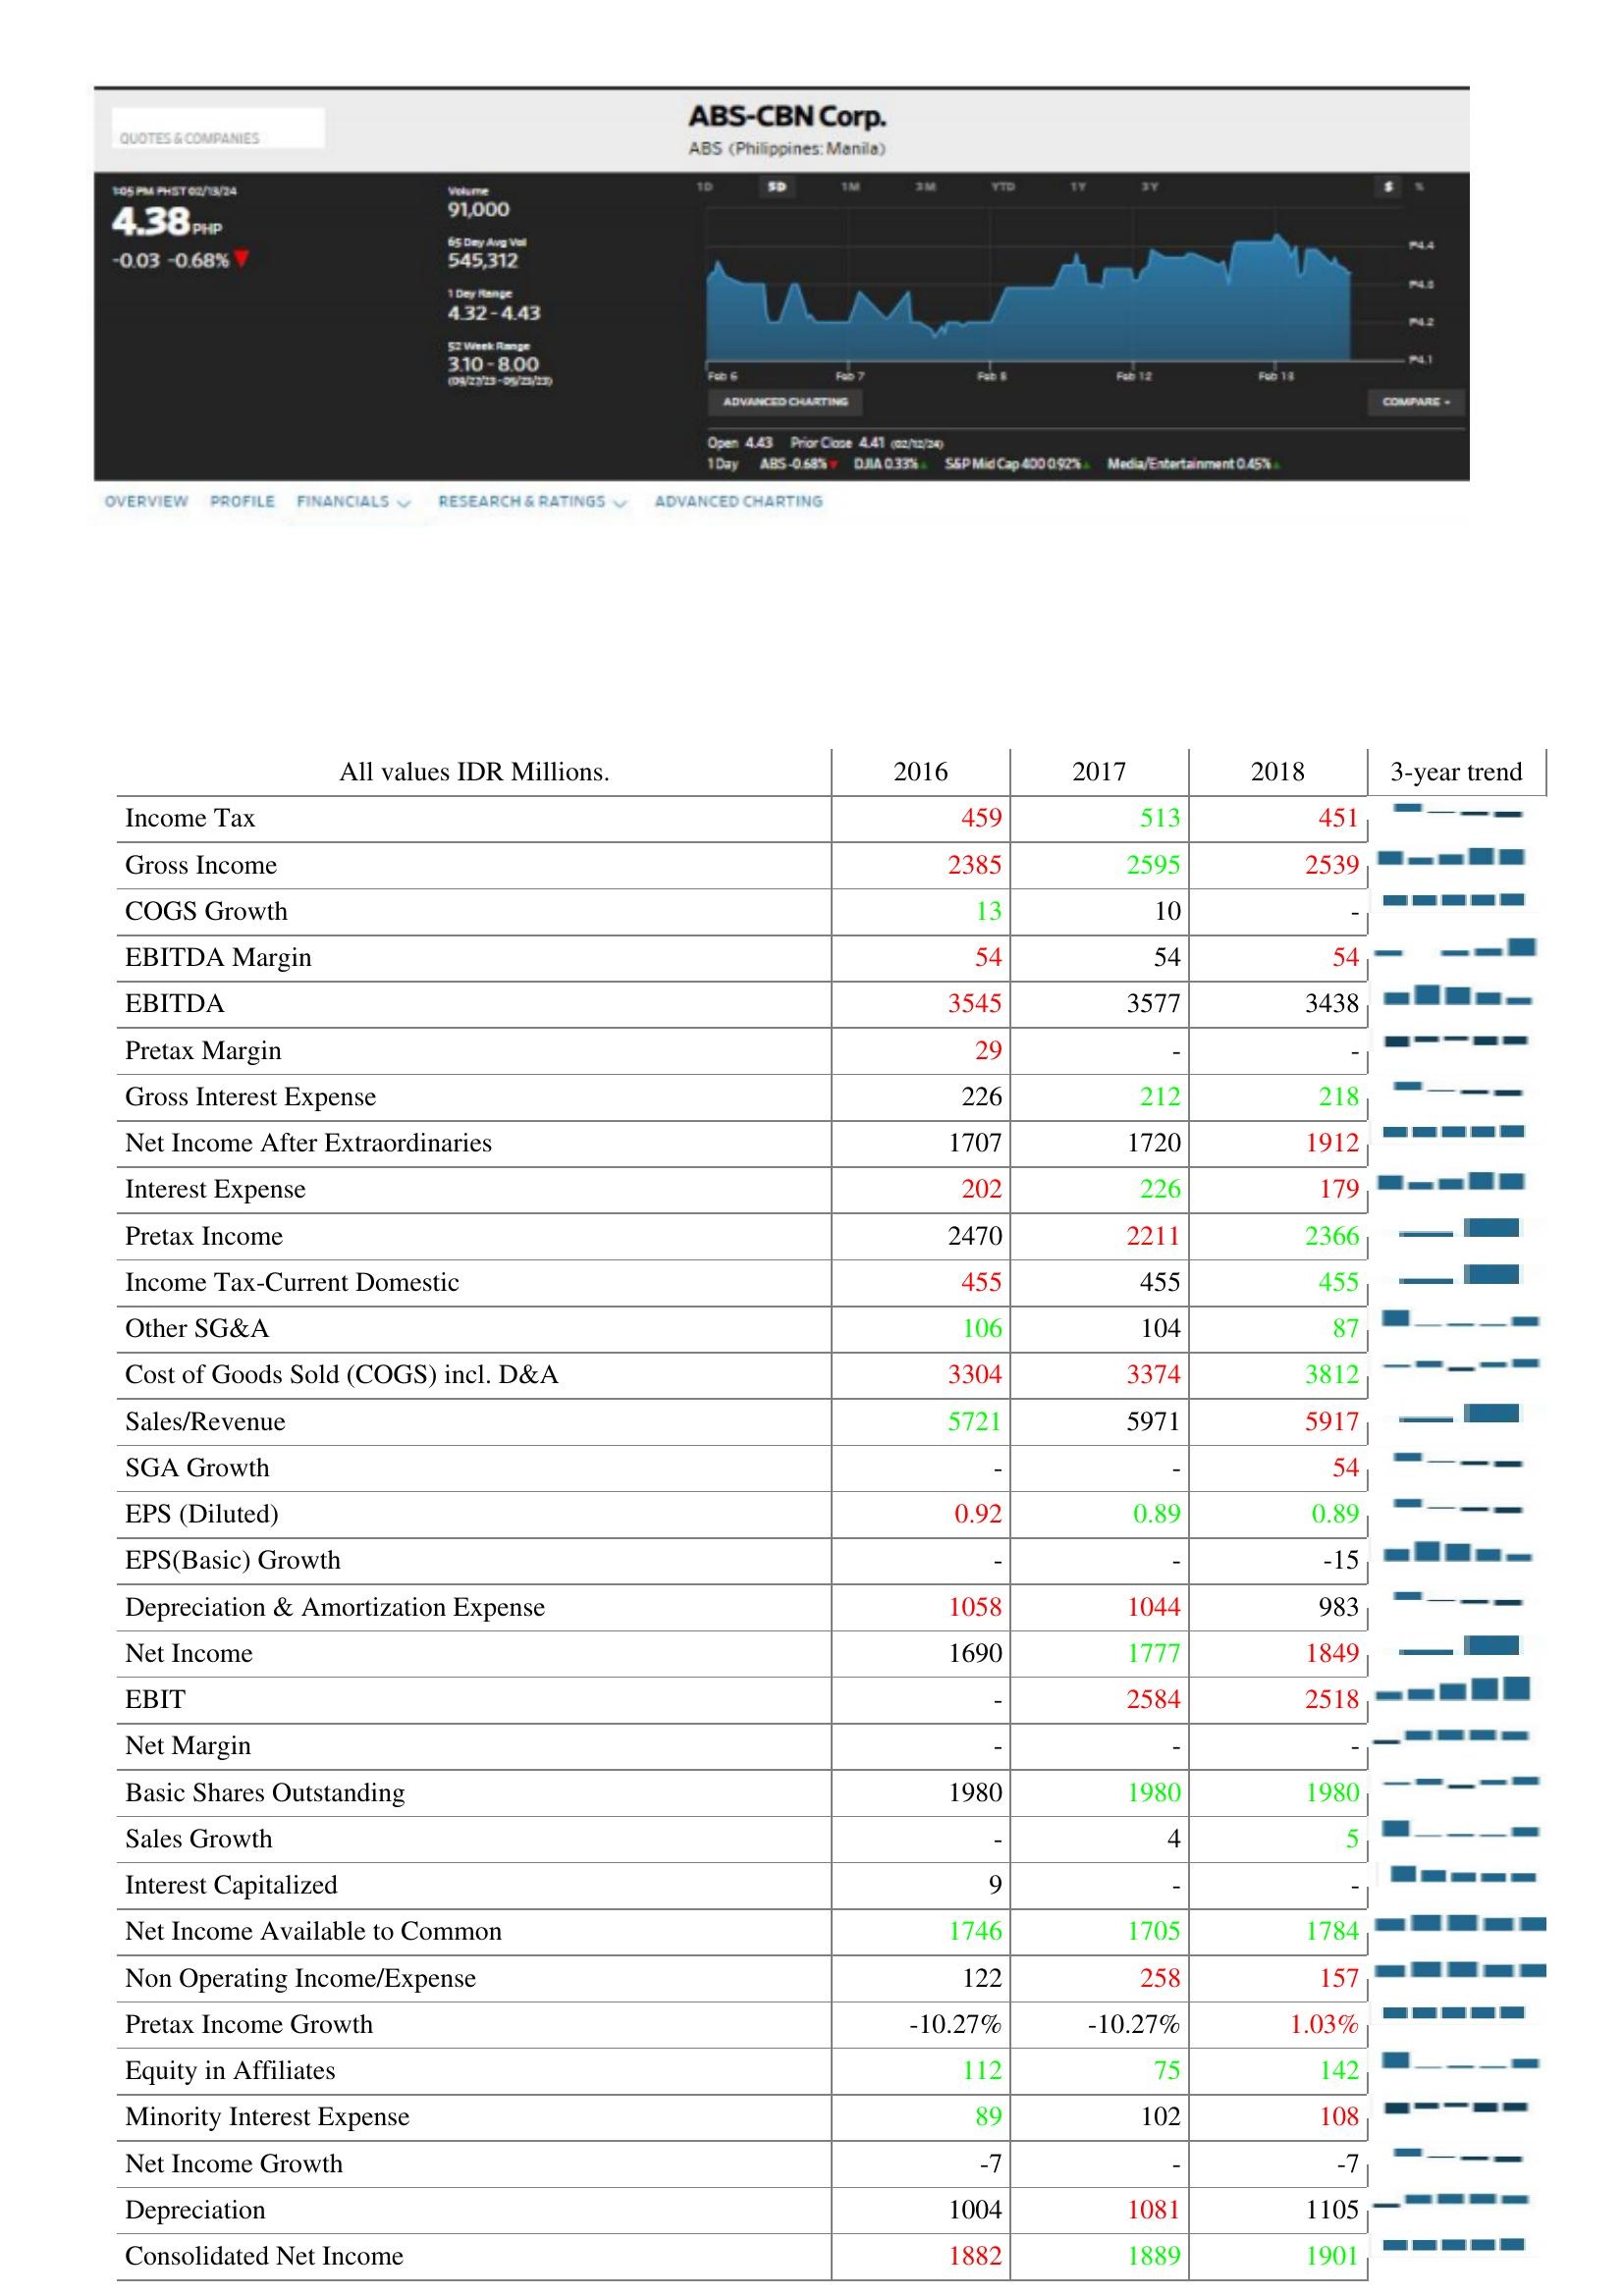
2016: : Income Tax: 459
Gross Income: 2385
COGS Growth: 13
EBITDA Margin: 54
EBITDA: 3545
Pretax Margin: 29
Gross Interest Expense: 226
Net Income After Extraordinaries: 1707
Interest Expense: 202
Pretax Income: 2470
Income Tax-Current Domestic: 455
Other SG&A: 106
Cost of Goods Sold (COGS) incl. D&A: 3304
Sales/Revenue: 5721
SGA Growth: -
EPS (Diluted): 0.92
EPS(Basic) Growth: -
Depreciation & Amortization Expense: 1058
Net Income: 1690
EBIT: -
Net Margin: -
Basic Shares Outstanding: 1980
Sales Growth: -
Interest Capitalized: 9
Net Income Available to Common: 1746
Non Operating Income/Expense: 122
Pretax Income Growth: -10.27%
Equity in Affiliates: 112
Minority Interest Expense: 89
Net Income Growth: -7
Depreciation: 1004
Consolidated Net Income: 1882
2017: : Income Tax: 513
Gross Income: 2595
COGS Growth: 10
EBITDA Margin: 54
EBITDA: 3577
Pretax Margin: -
Gross Interest Expense: 212
Net Income After Extraordinaries: 1720
Interest Expense: 226
Pretax Income: 2211
Income Tax-Current Domestic: 455
Other SG&A: 104
Cost of Goods Sold (COGS) incl. D&A: 3374
Sales/Revenue: 5971
SGA Growth: -
EPS (Diluted): 0.89
EPS(Basic) Growth: -
Depreciation & Amortization Expense: 1044
Net Income: 1777
EBIT: 2584
Net Margin: -
Basic Shares Outstanding: 1980
Sales Growth: 4
Interest Capitalized: -
Net Income Available to Common: 1705
Non Operating Income/Expense: 258
Pretax Income Growth: -10.27%
Equity in Affiliates: 75
Minority Interest Expense: 102
Net Income Growth: -
Depreciation: 1081
Consolidated Net Income: 1889
2018: : Income Tax: 451
Gross Income: 2539
COGS Growth: -
EBITDA Margin: 54
EBITDA: 3438
Pretax Margin: -
Gross Interest Expense: 218
Net Income After Extraordinaries: 1912
Interest Expense: 179
Pretax Income: 2366
Income Tax-Current Domestic: 455
Other SG&A: 87
Cost of Goods Sold (COGS) incl. D&A: 3812
Sales/Revenue: 5917
SGA Growth: 54
EPS (Diluted): 0.89
EPS(Basic) Growth: -15
Depreciation & Amortization Expense: 983
Net Income: 1849
EBIT: 2518
Net Margin: -
Basic Shares Outstanding: 1980
Sales Growth: 5
Interest Capitalized: -
Net Income Available to Common: 1784
Non Operating Income/Expense: 157
Pretax Income Growth: 1.03%
Equity in Affiliates: 142
Minority Interest Expense: 108
Net Income Growth: -7
Depreciation: 1105
Consolidated Net Income: 1901